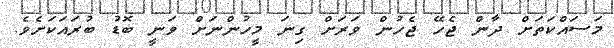
މަސައްކަތަށް ދާން ޖެހޭ ޖެހުން ވަރަށް ގިނަ މީހުންނަށް ވަނީ ބޮޑު ބުރައަކަށެވެ.